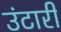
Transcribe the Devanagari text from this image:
उंटारी